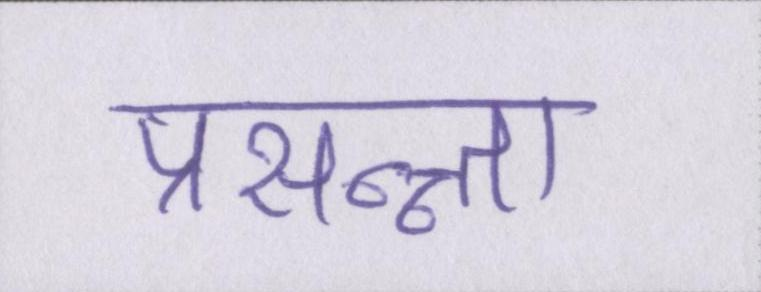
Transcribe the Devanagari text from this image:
प्रसन्न्ता